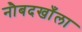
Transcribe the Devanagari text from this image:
नौबदखाँला